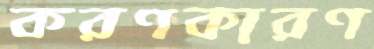
করণকারণ